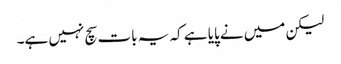
لیکن میں نے پایا ہے کہ یہ بات سچ نہیں ہے۔